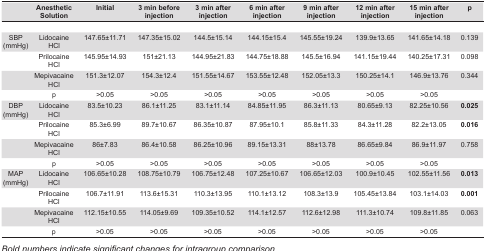
<table><thead><tr><td><b> </b></td><td><b>Anesthetic Solution</b></td><td><b>Initial</b></td><td><b>3 min before injection</b></td><td><b>3 min after injection</b></td><td><b>6 min after injection</b></td><td><b>9 min after injection</b></td><td><b>12 min after injection</b></td><td><b>15 min after injection</b></td><td><b>p</b></td></tr></thead><tbody><tr><td> </td><td> </td><td> </td><td> </td><td> </td><td> </td><td> </td><td> </td><td> </td><td> </td></tr><tr><td>SBP (mmHg)</td><td>Lidocaine HCl</td><td>147.65±11.71</td><td>147.35±15.02</td><td>144.5±15.14</td><td>144.15±15.4</td><td>145.55±19.24</td><td>139.9±13.65</td><td>141.65±14.18</td><td>0.139</td></tr><tr><td> </td><td>Prilocaine HCl</td><td>145.95±14.93</td><td>151±21.13</td><td>144.95±21.83</td><td>144.75±18.88</td><td>145.5±16.94</td><td>141.15±19.44</td><td>140.25±17.31</td><td>0.098</td></tr><tr><td> </td><td>Mepivacaine HCl</td><td>151.3±12.07</td><td>154.3±12.4</td><td>151.55±14.67</td><td>153.55±12.48</td><td>152.05±13.3</td><td>150.25±14.1</td><td>146.9±13.76</td><td>0.344</td></tr><tr><td> </td><td>p</td><td>&gt;0.05</td><td>&gt;0.05</td><td>&gt;0.05</td><td>&gt;0.05</td><td>&gt;0.05</td><td>&gt;0.05</td><td>&gt;0.05</td><td> </td></tr><tr><td>DBP (mmHg)</td><td>Lidocaine HCl</td><td>83.5±10.23</td><td>86.1±11.25</td><td>83.1±11.14</td><td>84.85±11.95</td><td>86.3±11.13</td><td>80.65±9.13</td><td>82.25±10.56</td><td><b>0.025</b></td></tr><tr><td> </td><td>Prilocaine HCl</td><td>85.3±6.99</td><td>89.7±10.67</td><td>86.35±10.87</td><td>87.95±10.1</td><td>85.8±11.33</td><td>84.3±11.28</td><td>82.2±13.05</td><td><b>0.016</b></td></tr><tr><td> </td><td>Mepivacaine HCl</td><td>86±7.83</td><td>86.4±10.58</td><td>86.25±10.96</td><td>89.15±13.31</td><td>88±13.78</td><td>86.65±9.84</td><td>86.9±11.97</td><td>0.758</td></tr><tr><td> </td><td>p</td><td>&gt;0.05</td><td>&gt;0.05</td><td>&gt;0.05</td><td>&gt;0.05</td><td>&gt;0.05</td><td>&gt;0.05</td><td>&gt;0.05</td><td> </td></tr><tr><td>MAP (mmHg)</td><td>Lidocaine HCl</td><td>106.65±10.28</td><td>108.75±10.79</td><td>106.75±12.48</td><td>107.25±10.67</td><td>106.65±12.03</td><td>100.9±10.45</td><td>102.55±11.56</td><td><b>0.013</b></td></tr><tr><td> </td><td>Prilocaine HCl</td><td>106.7±11.91</td><td>113.6±15.31</td><td>110.3±13.95</td><td>110.1±13.12</td><td>108.3±13.9</td><td>105.45±13.84</td><td>103.1±14.03</td><td><b>0.001</b></td></tr><tr><td> </td><td>Mepivacaine HCl</td><td>112.15±10.55</td><td>114.05±9.69</td><td>109.35±10.52</td><td>114.1±12.57</td><td>112.6±12.98</td><td>111.3±10.74</td><td>109.8±11.85</td><td>0.063</td></tr><tr><td> </td><td>p</td><td>&gt;0.05</td><td>&gt;0.05</td><td>&gt;0.05</td><td>&gt;0.05</td><td>&gt;0.05</td><td>&gt;0.05</td><td>&gt;0.05</td><td> </td></tr></tbody></table>